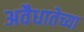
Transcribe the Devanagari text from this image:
अवैधातेच्या